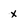
Character: x